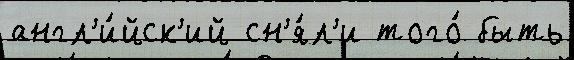
англ'и́йск'ий сн'я́л'и того́ быть